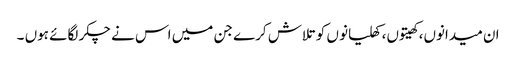
ان میدانوں، کھیتوں، کھلیانو ں کو تلاش کرے جن میں اس نے چکر لگائے ہوں ۔